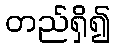
တည်ရှိ၍